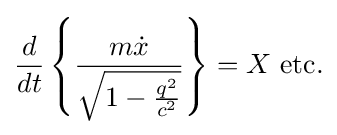
{\frac {d}{dt}}\left\{{\frac {m{\dot {x}}}{\sqrt {1-{\frac {q^{2}}{c^{2}}}}}}\right\}=X\ {\text{etc.}}